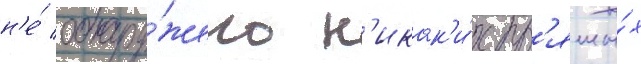
н'е́ обнару́жено н'икак'и́х пр'ямы́х